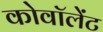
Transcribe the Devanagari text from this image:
कोवॉलेंट